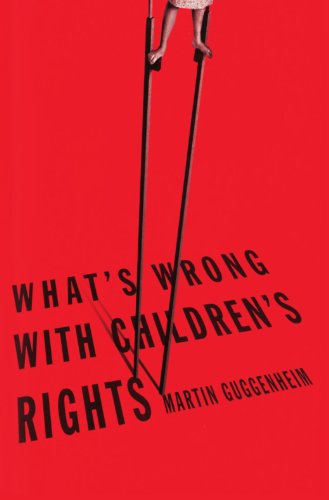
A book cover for What's Wrong with Children's Rights; Martin Guggenheim; Law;